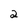
Character: 2